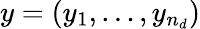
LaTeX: y=(y_{1},\dots,y_{n_{d}})